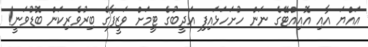
އައްޔަ އާއި އޮއިއްޓޭގެ ނަން ހުށަހަޅައިފި އަދީބުގެ ޓީމަށް ވަޒީފާގެ ބިރުވެރިކަން ބޮޑުވަނީ!